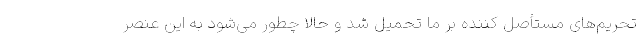
تحریم‌های مستأصل کننده بر ما تحمیل شد و حالا چطور می‌شود به این عنصر